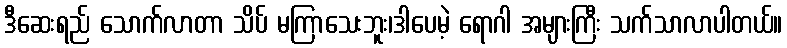
ဒီဆေးရည် သောက်လာတာ သိပ် မကြာသေးဘူး၊ဒါပေမဲ့ ရောဂါ အများကြီး သက်သာလာပါတယ်။